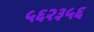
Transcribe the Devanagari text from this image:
५६२३५६